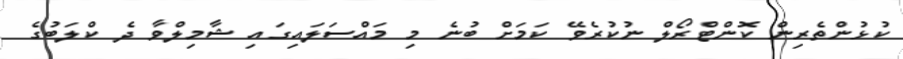
ކުޅުންތެރިން ކޮންޓްރޯލް ނުކުރެވޭ ކަމަށް ބުނެ މި މައްސަލައިގައި ޝާމިލްވާ ދެ ކްލަބުގެ